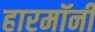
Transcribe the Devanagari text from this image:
हारमॉनी